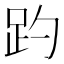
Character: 趵